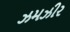
ઝમઝીર